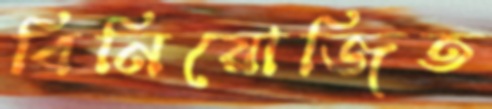
বিনিয়োজিত